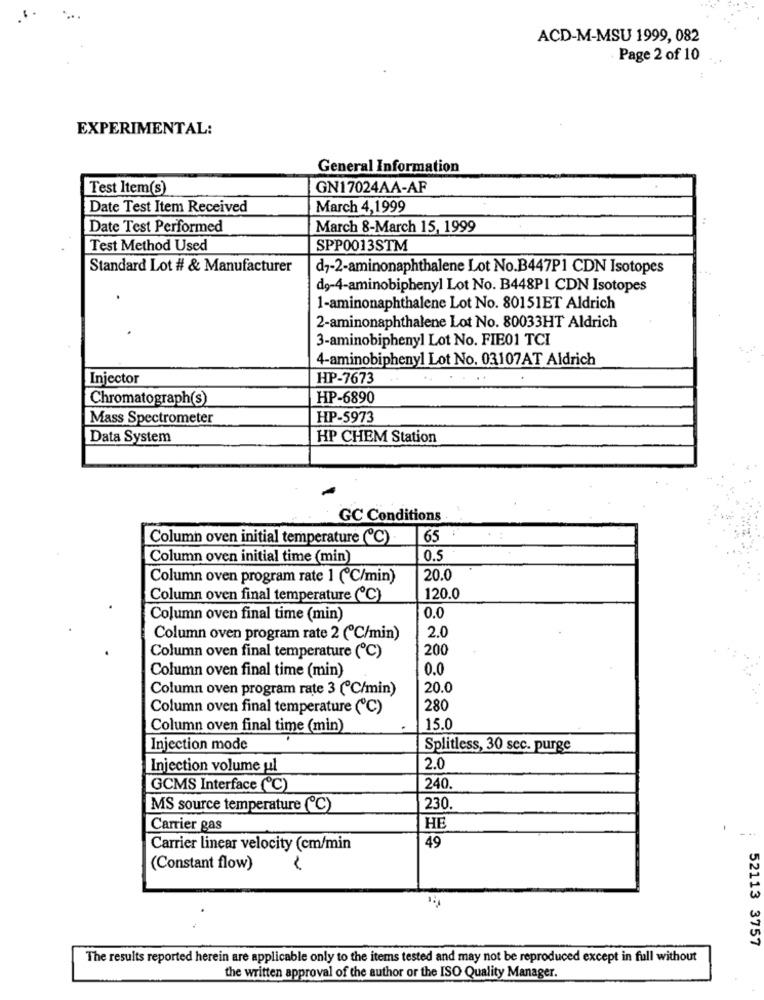
ACD-M-MSU 1999, 082
Page 2 of 10
EXPERIMENTAL:
General Information
Test Item(s)
GN17024AA-AF
Date Test Item Received
March 4,1999
Date Test Performed
March 8-March 15, 1999
Test Method Used
SPP0013STM
Standard Lot # & Manufacturer
d7-2-aminonaphthalene Lot No.B447P1 CDN Isotopes
do-4-aminobiphenyl Lot No. B448P1 CDN Isotopes
1-aminonaphthalene Lot No. 80151ET Aldrich
2-aminonaphthalene Lot No. 80033HT Aldrich
3-aminobiphenyl Lot No. FIE01 TCI
4-aminobiphenyl Lot No. 03107AT Aldrich
Injector
HP-7673
Chromatograph(s)
HP-6890
Mass Spectrometer
HP-5973
Data System
HP CHEM Station
GC Conditions
Column oven initial temperature (℃) .
65
Column oven initial time (min)
0.5
Column oven program rate 1 (℃/min)
20.0
Column oven final temperature (℃)
120.0
Column oven final time (min)
0.0
Column oven program rate 2 (℃/min)
2.0
200
Column oven final temperature (℃)
Column oven final time (min)
0.0
Column oven program rate 3 (C/min)
20.0
Column oven final temperature (℃)
280
Column oven final time (min)
15.0
Injection mode
Splitless, 30 sec. purge
Injection volume ul
2.0
GCMS Interface (℃)
240.
MS source temperature (℃)
230.
Carrier gas
HE
Carrier linear velocity (cm/min
49
(Constant flow)
52113 3757
The results reported herein are applicable only to the items tested and may not be reproduced except in full without
the written approval of the author or the ISO Quality Manager.